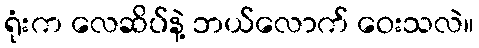
ရုံးက လေဆိပ်နဲ့ ဘယ်လောက် ဝေးသလဲ။